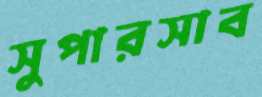
সুপারসাব